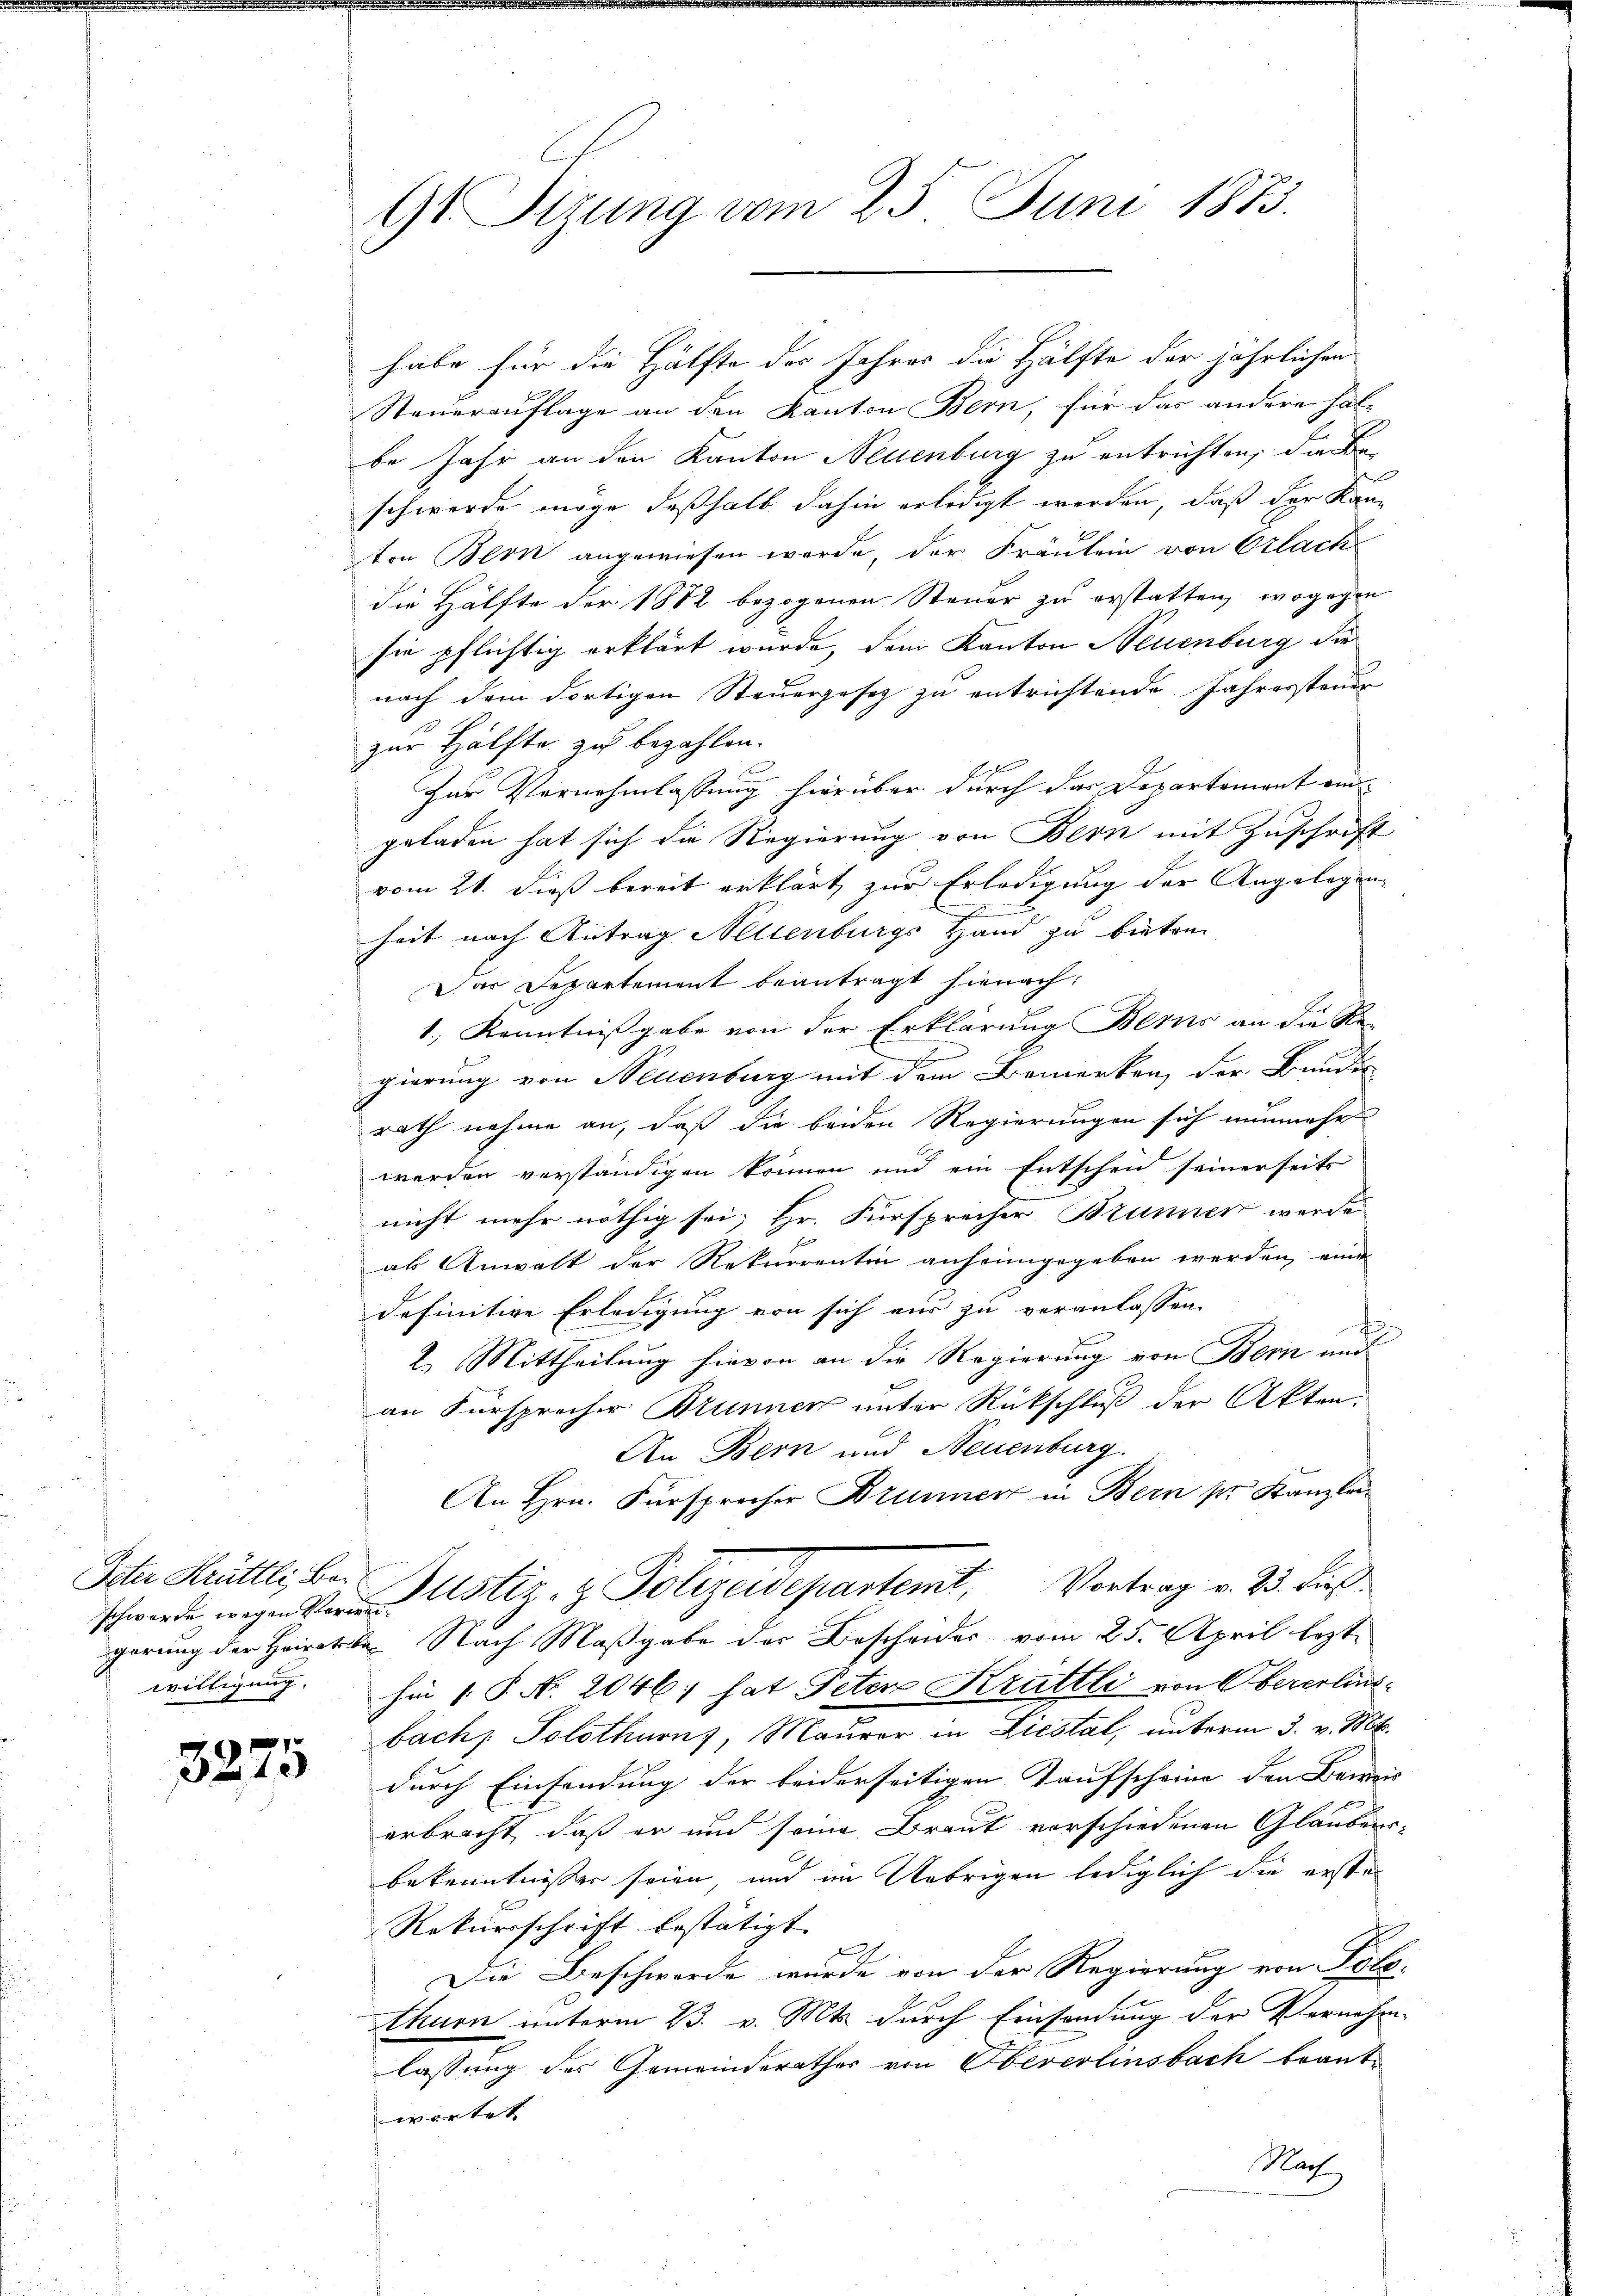
schwerde wegen Verweiwilligung.

3275

9t. Sizung vom 25. Juni 1873.

habe für die Hälfte des Jahres die Hälfte der jährlichen
Steuerauflage an den Kanton Bern, für das andere hal-
be Jahr an den Kanton Neuenburg zu entrichten, die Beschwerde möge deßhalb dahin erledigt werden, daß der Kanten Bern angewiesen werde, der Fräulein von Erlach
die Hälfte der 1882 bezogenen Steuer zu erstatten, wogegen
sie pflichtig erklärt wurde, dem Kanton Neuenburg die
nach dem dortigen Steuergesez zu entrichtende Jahressteuer
zur Hälfte zu bezahlen.
Zur Vernehmlassung hierüber durch das Departement ein
geladen hat sich die Regierung von Bern mit Zuschrift
vom 21. dieß bereit erklärt zur Erledigung der Angelegen¬
5
heit nach Antrag Nellenburgs Hand zu bieten.
Das Departement beantragt hienach.
1.) Kenntnißgabe von der Erklärung Berns an die Re-
gierung von Neuenburg mit dem Bemerken, der Bunder
rath nehme an, daß die beiden Regierungen sich nunmehr
werden verständigen können und ein Entschen seinerseits
nicht mehr nöthig sei; Hr. Fürsprecher Brunner werde
al Anwalt der Rekurrentin anheimgegeben werden, eine
definitive Erledigung von sich aus zu veranlassen.
2. Mittheilung hievon an die Regierung von Bern und
an Fürsprecher Brunner unter Rückschluß der Akten.
An Bern und Neuenburg.
An Hrn. Fürsprecher Brunner in Bern pr. Kanzlei
Iter Hüttli, bei Bustiz & Polizeidepartemt, Vortrag v. 23. dies
gerung der Heiratete Nach Maßgabe der Bescheides vom 25. April lezt
hin 1 S. Nr. 2046; hat Peten Krattli von Obererlins-
bach, Solothurn, Maurer in Liestal, unterm 3. v. Mt.
durch Einsendung der beiderseitigen Kaufscheine den Beweis- |
erbracht, daß er und seine Braut vorschiedenen Glaubens-
bekenntnisser seien, und im Uebrigen lediglich die ersten
Rekursschrift bestätigt.
e
Die Beschwerde wurde von der Regierung von Solo-
thurn unterm 23. v. Mts. durch Einsendung der Vernehm-
lassung des Gemeinderathes von Obererlinsbach beantwartet
Nach